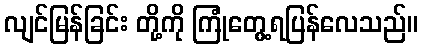
လျင်မြန်ခြင်း တို့ကို ကြုံတွေ့ရပြန်လေသည်။